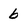
Character: b